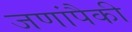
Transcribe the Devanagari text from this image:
जणांपैकी